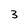
Character: 3